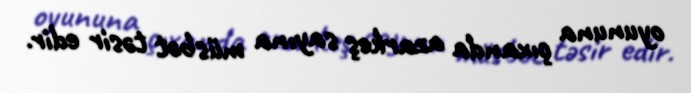
oyununa çıxanda azarkeş sayına müsbət təsir edir.